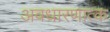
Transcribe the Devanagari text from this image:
अवधारणात्क